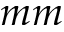
m m